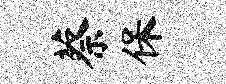
蔡保